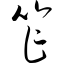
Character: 笮